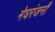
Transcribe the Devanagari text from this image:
मेघरंजनी